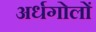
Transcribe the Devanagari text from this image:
अर्धगोलों